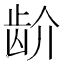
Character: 𬹼